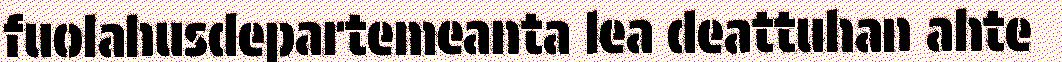
fuolahusdepartemeanta lea deattuhan ahte